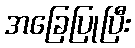
အခြေပြုပြီး